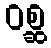
ဝစ္ဆ